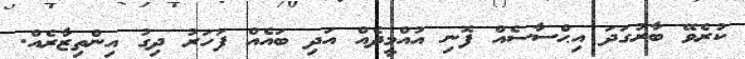
ކުރެވޭ ބާރުގަދަ އިޙްސާސެއް ފޮނި އުއްމީދެއް އަދި ބައެއް ފަހަރު ދިގު އިންތިޒާރެއް.